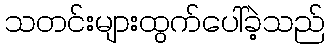
သတင်းများထွက်ပေါ်ခဲ့သည်